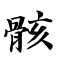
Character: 骸